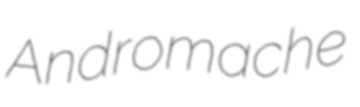
Andromache